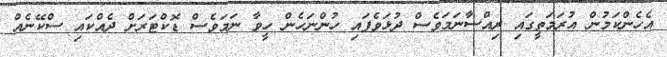
އެހެންކަމުން އުރަމަތީގައި ރިއްސާނަމަވެސް ދުޅަވެފައި ހުންނަހެން ހީވާ ނަމަވެސް ޑޮކްޓަރަށް ދެއްކައި ސްކޭނެއް